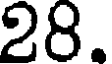
28.